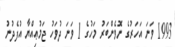
1993 ވަނަ އަހަރުގެ ނޮވެންބަރު މަހުގެ 1 ވަނަ ދުވަހު ޖަމުޢިއްޔާ އުފެދުނު